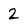
Character: 2